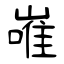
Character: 嶉